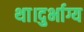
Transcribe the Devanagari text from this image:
था।दुर्भाग्य